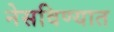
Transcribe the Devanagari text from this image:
नेसविण्यात